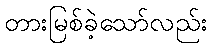
တားမြစ်ခဲ့သော်လည်း